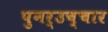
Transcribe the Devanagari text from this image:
पुनर्उच्चार